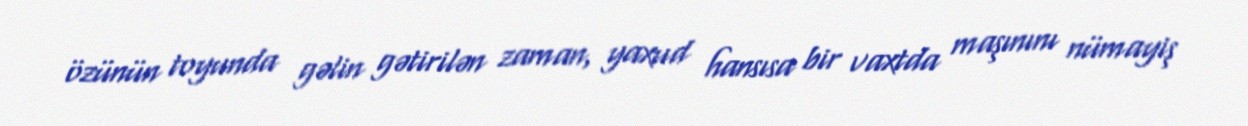
özünün toyunda gəlin gətirilən zaman, yaxud hansısa bir vaxtda maşınını nümayiş